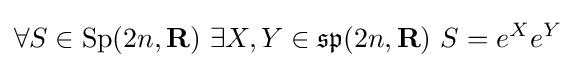
\forall S\in \operatorname {Sp} (2n,\mathbf {R} )\,\,\exists X,Y\in {\mathfrak {sp}}(2n,\mathbf {R} )\,\,S=e^{X}e^{Y}